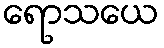
ရောသယေ